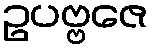
ဥပဗ္ဗဇေ